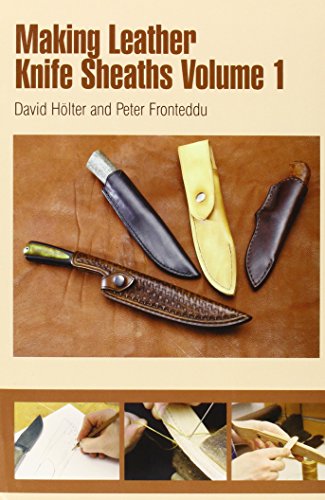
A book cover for Making Leather Knife Sheaths; David Holter; Crafts, Hobbies & Home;